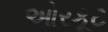
ઓરકૂટ